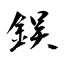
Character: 鋘